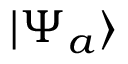
| \Psi _ { a } \rangle